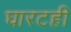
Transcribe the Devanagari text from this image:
घारटही